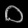
Digit: ၀